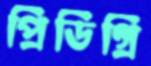
প্রিডিগ্রি